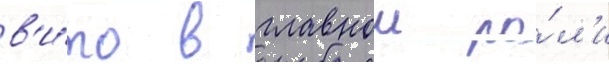
в'и́то в главнои ро́л'и